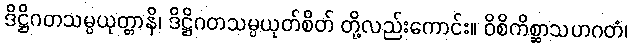
ဒိဋ္ဌိဂတသမ္ပယုတ္တာနိ၊ ဒိဋ္ဌိဂတသမ္ပယုတ်စိတ် တို့လည်းကောင်း။ ဝိစိကိစ္ဆာသဟဂတံ၊